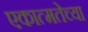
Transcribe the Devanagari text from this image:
एकात्मतेच्या